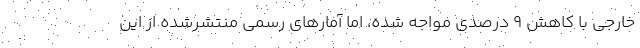
خارجی با کاهش 9 درصدی مواجه شده، ‌اما آمارهای رسمی منتشرشده از این